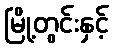
မြို့တွင်းနှင့်